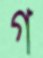
গ